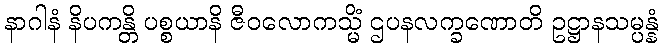
နာဂါနံ နိပကန္တိ ပစ္စယာနိ ဇီဝလောကသ္မိံ ဌပနလက္ခဏောတိ ဥဋ္ဌာနသမ္ပန္နံ